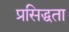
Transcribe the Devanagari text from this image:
प्रसिद्धता